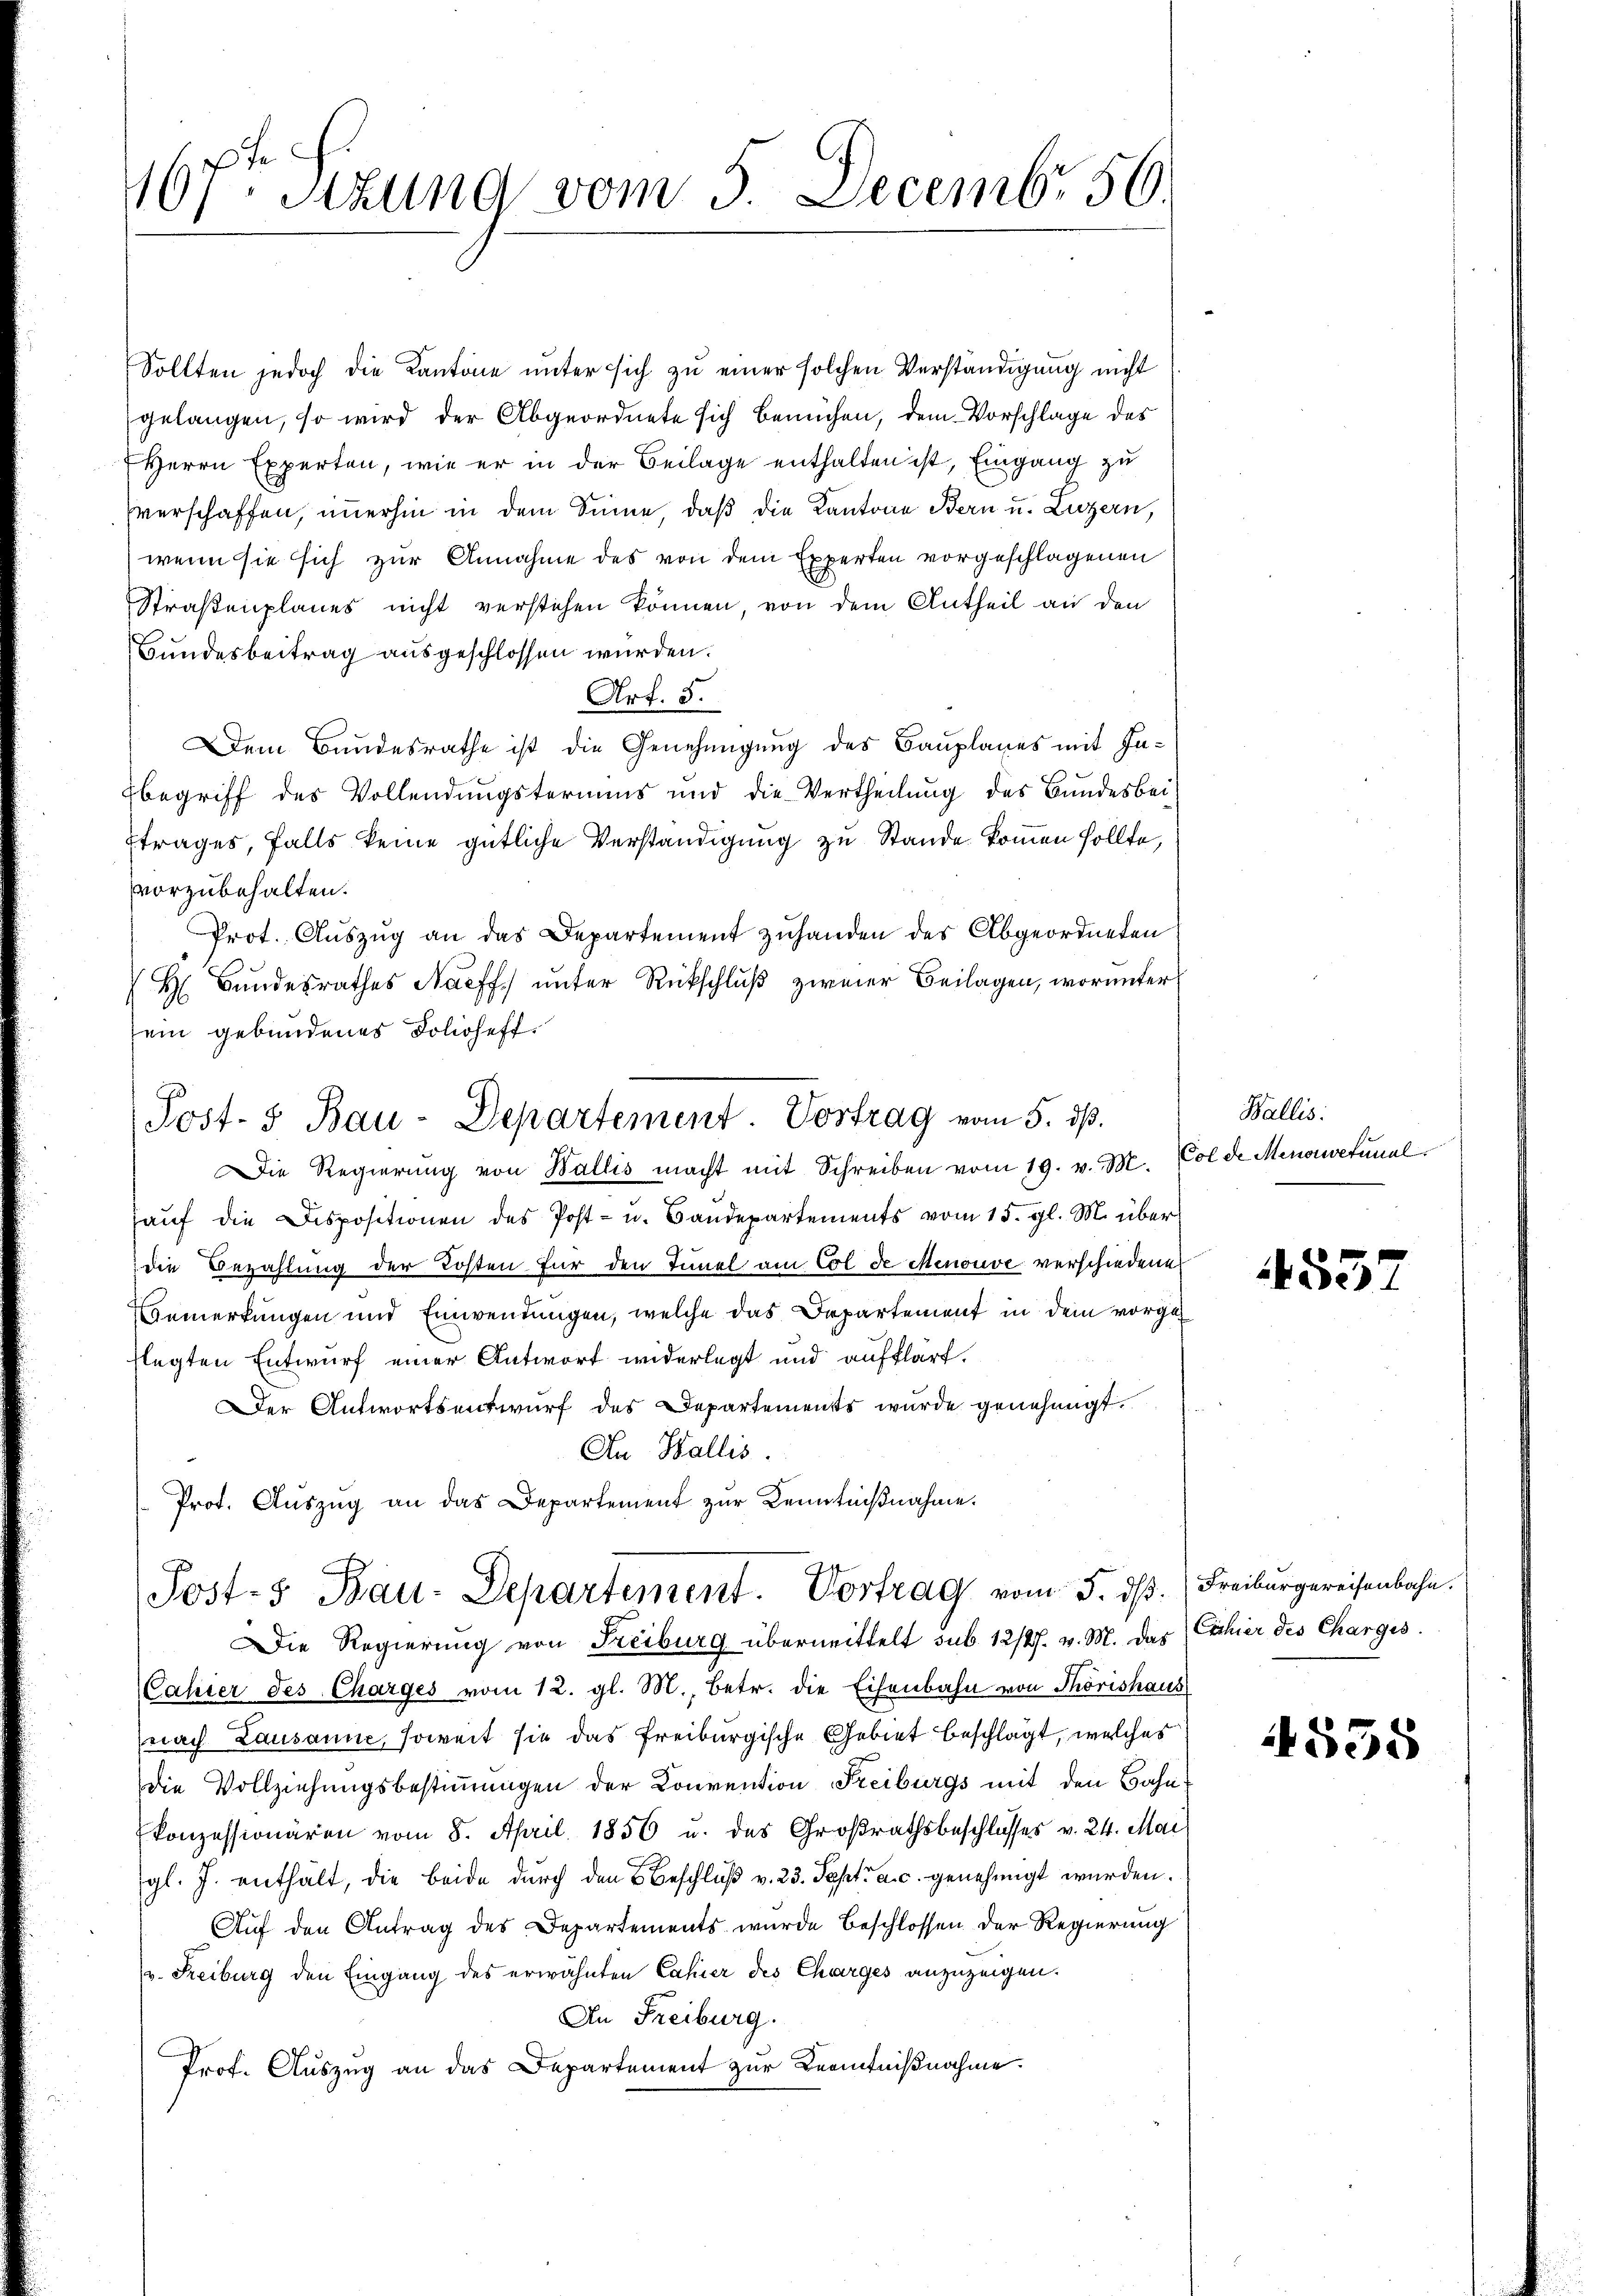
167ten Sitzung vom 5. Decemb. 56.

Sollten jedoch die Kantone unter sich zu einer solchen Verständigung nicht
gelangen, so wird der Abgeordnete sich bemühen, dem Vorschlage des
Herrn Experten, wie er in der Beilage enthalten ist, Eingang zu
verschaffen, immerhin in dem Sinne, daß die Kantone Bern u. Luzern,
wenn sie sich zur Annahme des von dem Experten vorgeschlagenen
Straßenplanes nicht verstehen können, von dem Antheil an den
Bundesbeitrag ausgeschlossen würden.
Art. 3.
Dem Bundesrathe ist die Genehmigung des Bauplanes mit Inbegriff des Vollendungstermins und die Vertheilŭng des Bundesbei¬
Etrages, falls keine gütliche Verständigung zu Stande kommen sollte,
vorzubehalten.
Prot. Aŭszŭg an das Departement zŭhanden des Abgeordneten
H Bŭndesrathes Nacff ŭnter Rückschlŭβ zweier Beilagen, worunter
sein gebundenes Folioheff
Die Regierŭng von Wallis macht mit Schreiben vom 19. v. M.
haŭf die Dispositionen des Post- u. Baŭdepartements vom 15. gl. M. über
die Bezahlung der Kosten für den Tinel am Col de Menouve verschiedene
Bemerkungen und Einwendungen, welche das Departement in dem vorgeflegten Entwurf einer Antwort widerlegt und aufklärt.
Der Antwortsentwurf des Departements wurde genehmigt.
An Wallis.
Prot. Aŭszŭg an das Departement zur Kenntniβnahme.
Post- 5. Bau-Departement. Vortrag vom 5. dß. (Freiburgereisenbahn.
Die Regierung von Freiburg übermittelt sub. 12/27. v. M. das
Cassier des Charges vom 12. gl. M., betr. die Eisenbahn von Thorishaus
(nach Lausanne, soweit sie das Freiburgische Gebiet beschlägt, welches
die Vollziehungsbestimmungen der Konvention Freiburgs mit den Bahn
konzessionären vom 8. April 1856 u. des Großrathsbeschlosses v. 24. Mai
gl. J. enthält, die beide durch den Beschlŭβ v. 23. Sept. a. c. genehmigt wurden.
Aŭf den Antrag des Departements wurde beschlossen der Regierung
(v. Freiburg den Eingang des erwähnten Cahier des Charges anzuzeigen.
An Freiburg.
Prof. Auszug an das Departement zur Kenntnißnahme.

Post- & Bau-Departement. Vortrag vom 5. ds.

Wallis:
Col de Menorwefunal.

55

Eichier des Charges.

4555